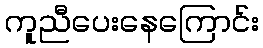
ကူညီပေးနေကြောင်း